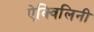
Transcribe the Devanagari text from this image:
ऐक्विलिनी